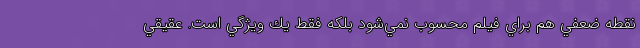
نقطه ضعفي هم براي فيلم محسوب نمي‌شود بلكه فقط يك ويژگي است. عقيقي